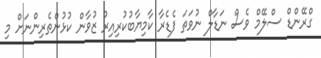
ގްރޭންޑް ސްލޭމް ވެސް ނަޑާލް ނުވަތަ ފެޑެރާ ކާމިޔާބުކުރިއިރު ޒުވާން ކުޅުންތެރިންނަށް މި